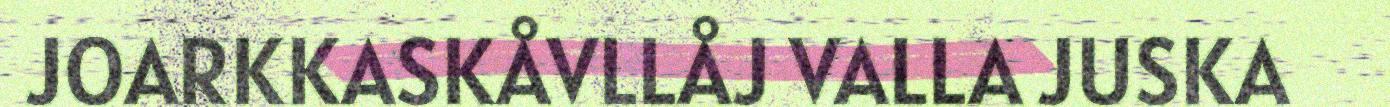
JOARKKASKÅVLLÅJ VALLA JUSKA